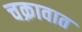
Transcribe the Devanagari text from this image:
चक्रावात